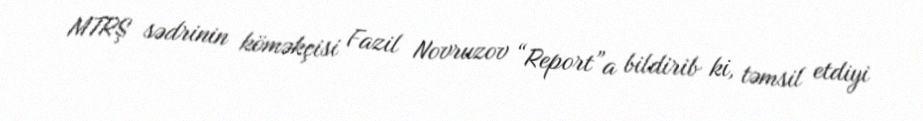
MTRŞ sədrinin köməkçisi Fazil Novruzov “Report”a bildirib ki, təmsil etdiyi